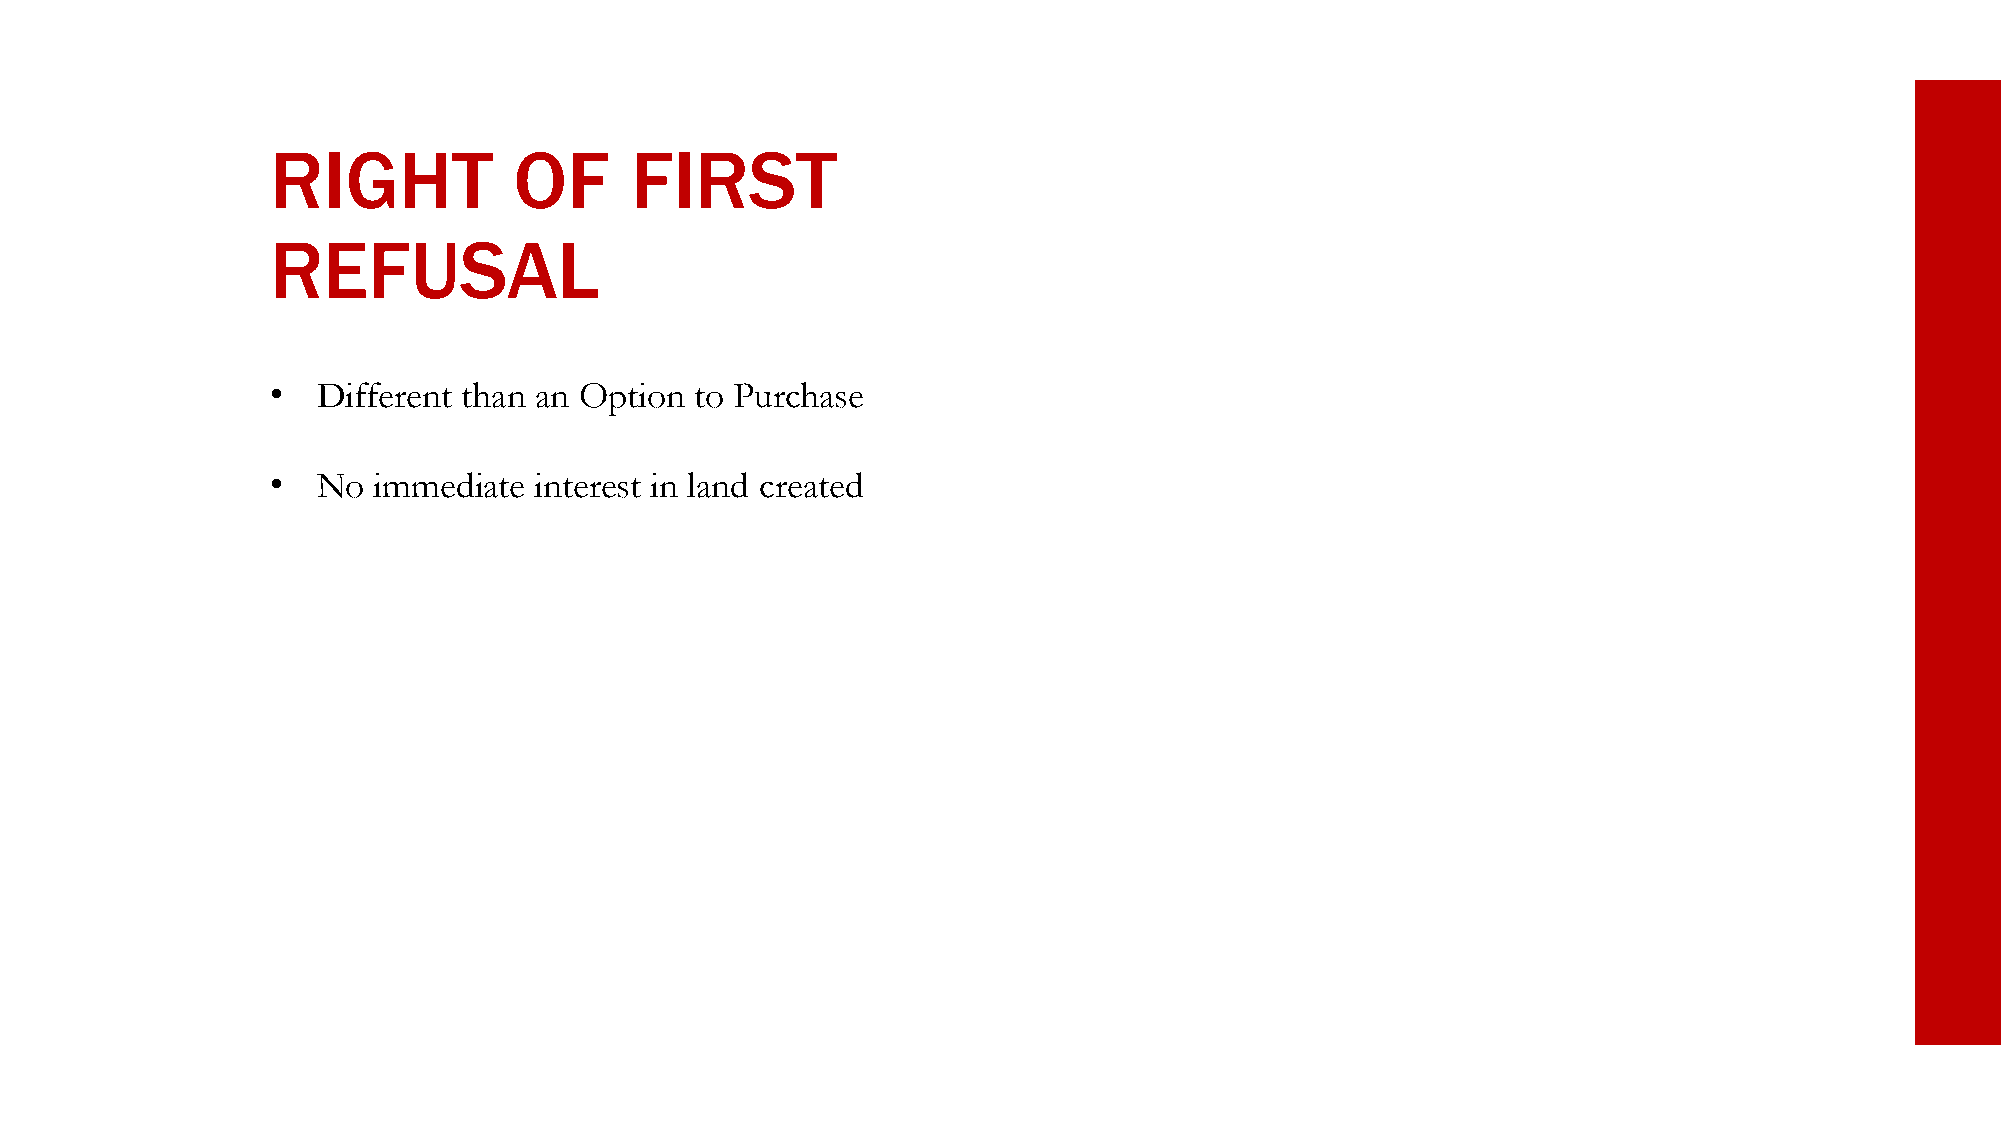
RIGHT           OF      FIRST
 REFUSAL
 •  Different than an Option to Purchase
 •  No  immediate interest in land created